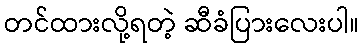
တင်ထားလို့ရတဲ့ ဆီခံပြားလေးပါ။